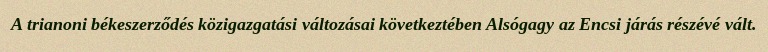
A trianoni békeszerződés közigazgatási változásai következtében Alsógagy az Encsi járás részévé vált.